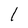
Character: I